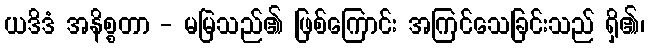
ယဒိဒံ အနိစ္စတာ - မမြဲသည်၏ ဖြစ်ကြောင်း အကြင်သေခြင်းသည် ရှိ၏၊